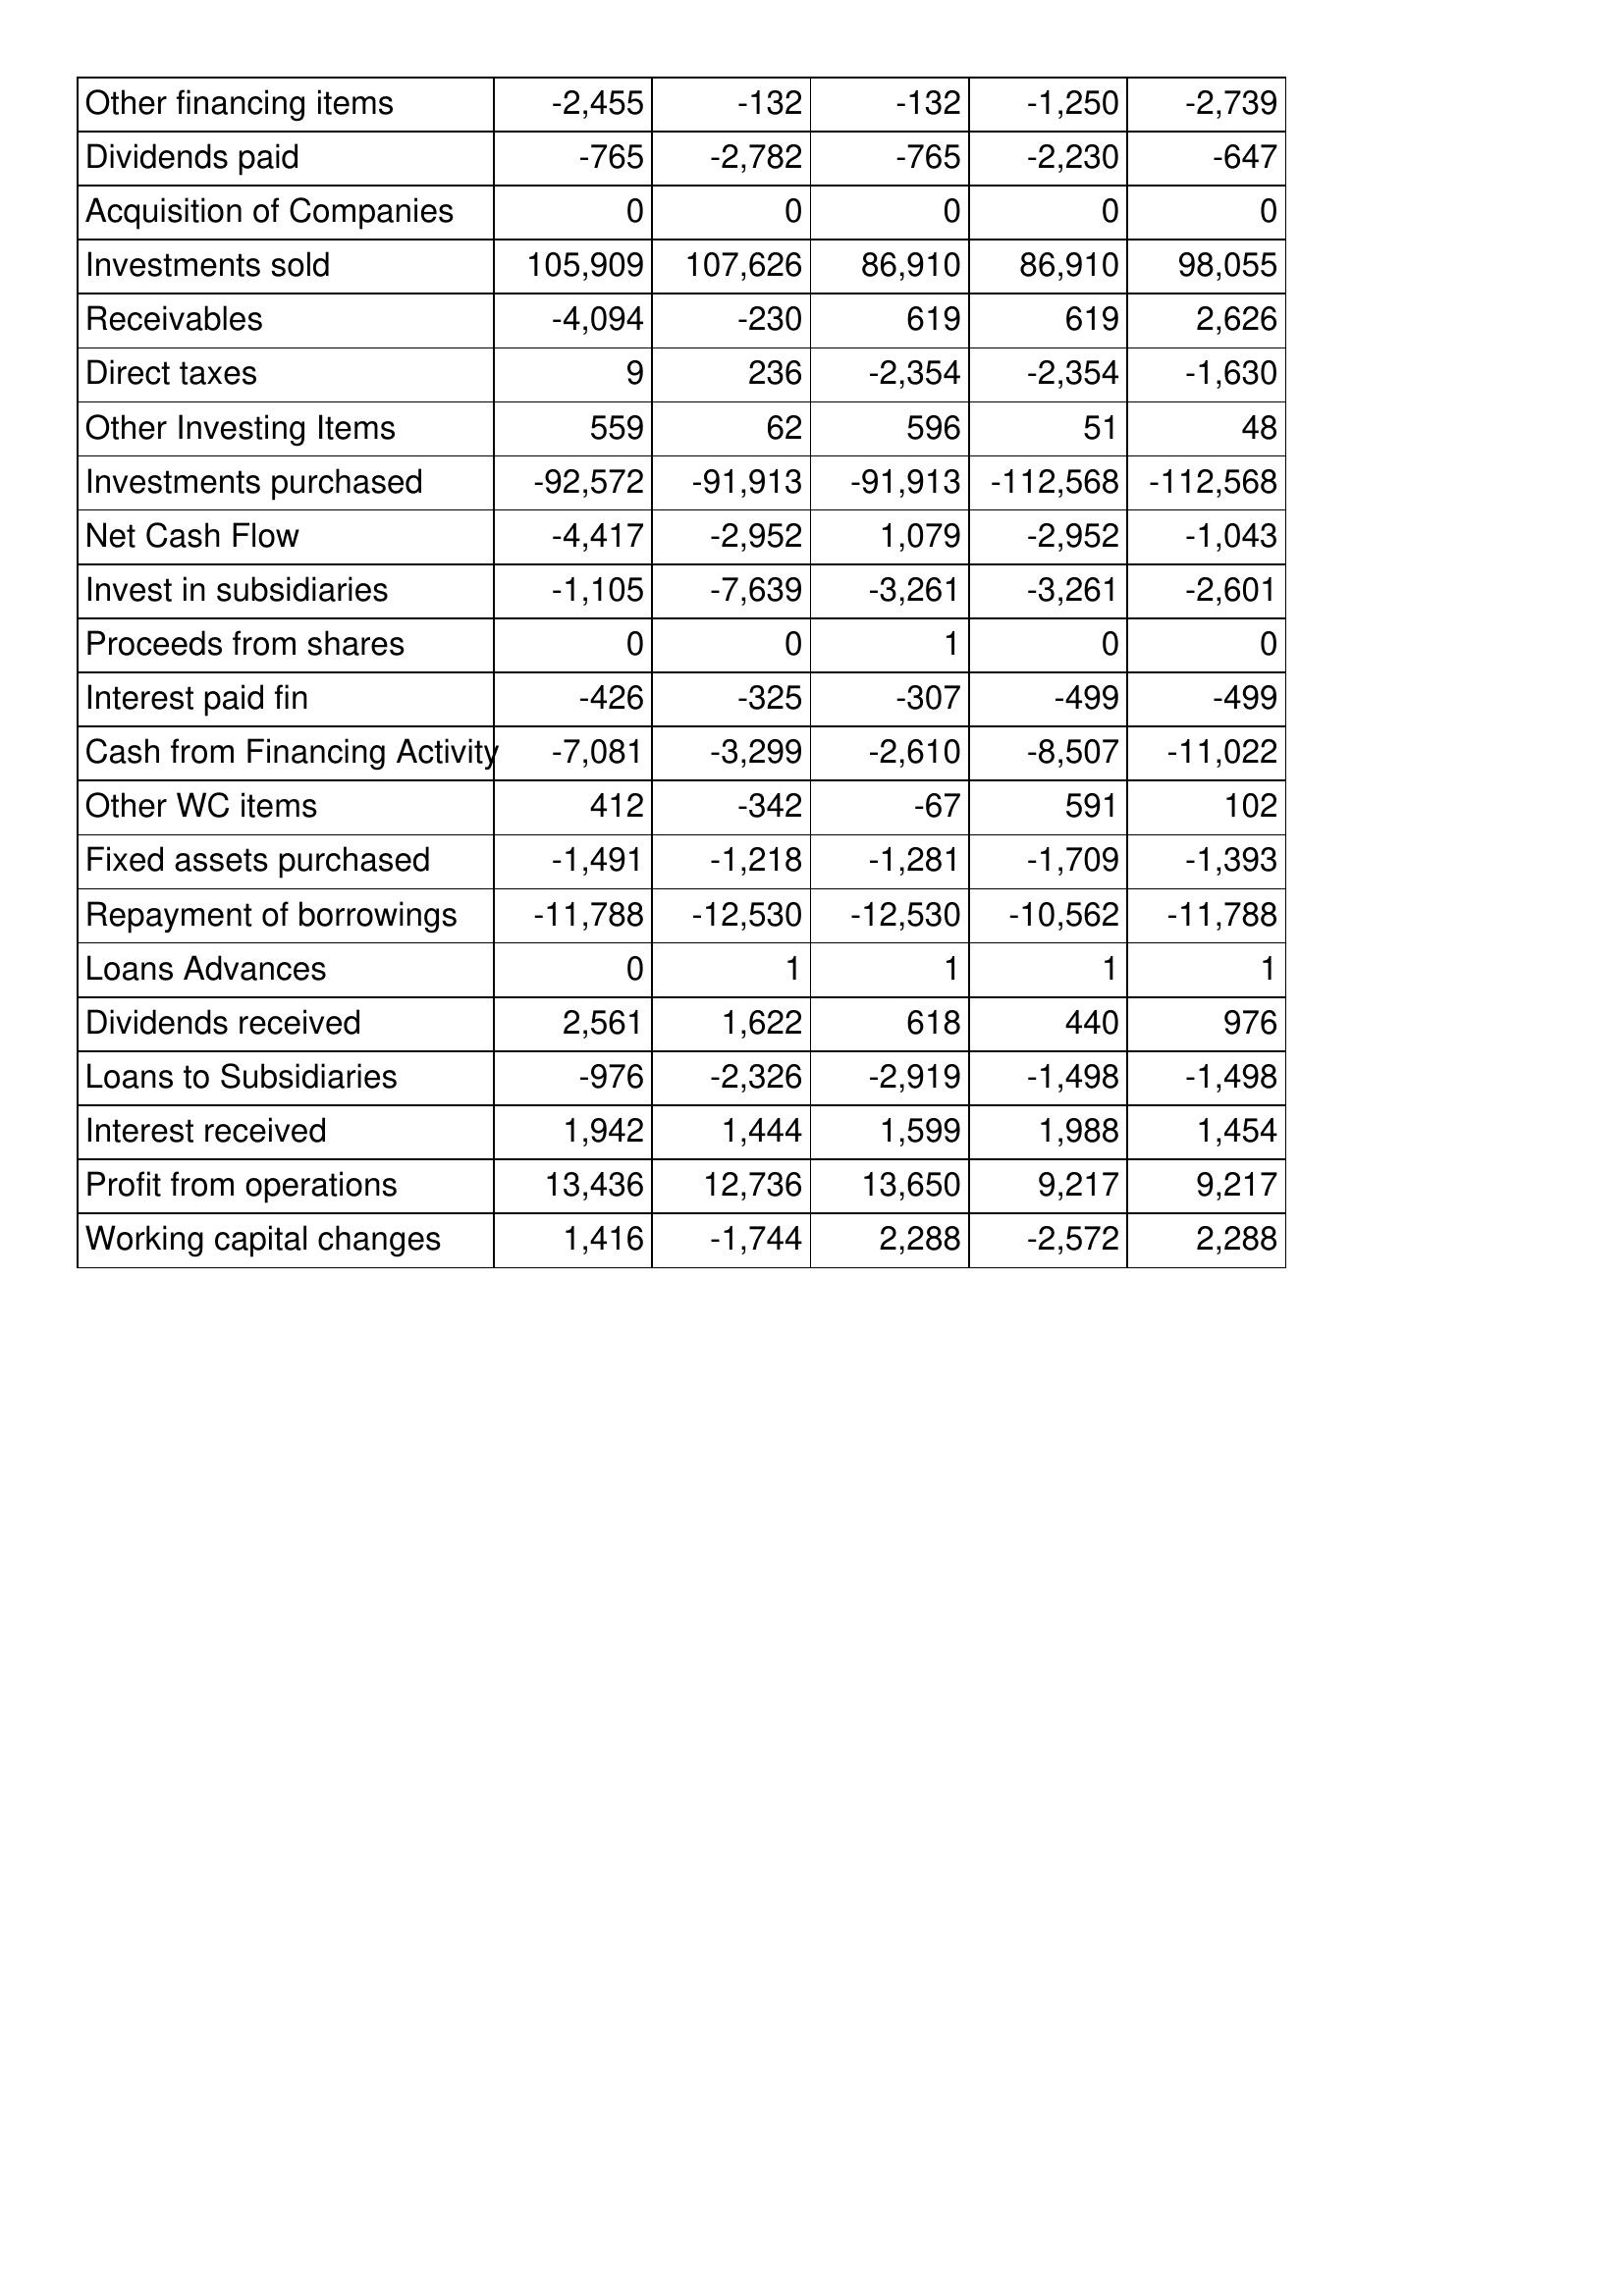
Mar-97: Cash Flows: Other financing items: -2,455
Dividends paid: -765
Acquisition of Companies: 0
Investments sold: 105,909
Receivables: -4,094
Direct taxes: 9
Other Investing Items: 559
Investments purchased: -92,572
Net Cash Flow: -4,417
Invest in subsidiaries: -1,105
Proceeds from shares: 0
Interest paid fin: -426
Cash from Financing Activity: -7,081
Other WC items: 412
Fixed assets purchased: -1,491
Repayment of borrowings: -11,788
Loans Advances: 0
Dividends received: 2,561
Loans to Subsidiaries: -976
Interest received: 1,942
Profit from operations: 13,436
Working capital changes: 1,416
Mar-96: Cash Flows: Other financing items: -132
Dividends paid: -2,782
Acquisition of Companies: 0
Investments sold: 107,626
Receivables: -230
Direct taxes: 236
Other Investing Items: 62
Investments purchased: -91,913
Net Cash Flow: -2,952
Invest in subsidiaries: -7,639
Proceeds from shares: 0
Interest paid fin: -325
Cash from Financing Activity: -3,299
Other WC items: -342
Fixed assets purchased: -1,218
Repayment of borrowings: -12,530
Loans Advances: 1
Dividends received: 1,622
Loans to Subsidiaries: -2,326
Interest received: 1,444
Profit from operations: 12,736
Working capital changes: -1,744
Mar-95: Cash Flows: Other financing items: -132
Dividends paid: -765
Acquisition of Companies: 0
Investments sold: 86,910
Receivables: 619
Direct taxes: -2,354
Other Investing Items: 596
Investments purchased: -91,913
Net Cash Flow: 1,079
Invest in subsidiaries: -3,261
Proceeds from shares: 1
Interest paid fin: -307
Cash from Financing Activity: -2,610
Other WC items: -67
Fixed assets purchased: -1,281
Repayment of borrowings: -12,530
Loans Advances: 1
Dividends received: 618
Loans to Subsidiaries: -2,919
Interest received: 1,599
Profit from operations: 13,650
Working capital changes: 2,288
Mar-94: Cash Flows: Other financing items: -1,250
Dividends paid: -2,230
Acquisition of Companies: 0
Investments sold: 86,910
Receivables: 619
Direct taxes: -2,354
Other Investing Items: 51
Investments purchased: -112,568
Net Cash Flow: -2,952
Invest in subsidiaries: -3,261
Proceeds from shares: 0
Interest paid fin: -499
Cash from Financing Activity: -8,507
Other WC items: 591
Fixed assets purchased: -1,709
Repayment of borrowings: -10,562
Loans Advances: 1
Dividends received: 440
Loans to Subsidiaries: -1,498
Interest received: 1,988
Profit from operations: 9,217
Working capital changes: -2,572
Mar-93: Cash Flows: Other financing items: -2,739
Dividends paid: -647
Acquisition of Companies: 0
Investments sold: 98,055
Receivables: 2,626
Direct taxes: -1,630
Other Investing Items: 48
Investments purchased: -112,568
Net Cash Flow: -1,043
Invest in subsidiaries: -2,601
Proceeds from shares: 0
Interest paid fin: -499
Cash from Financing Activity: -11,022
Other WC items: 102
Fixed assets purchased: -1,393
Repayment of borrowings: -11,788
Loans Advances: 1
Dividends received: 976
Loans to Subsidiaries: -1,498
Interest received: 1,454
Profit from operations: 9,217
Working capital changes: 2,288